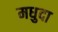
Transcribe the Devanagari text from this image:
मधुदा